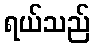
ရယ်သည်